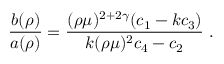
\left. \frac { b ( \rho ) } { a ( \rho ) } = \frac { ( \rho \mu ) ^ { 2 + 2 \gamma } ( c _ { 1 } - k c _ { 3 } ) } { k ( \rho \mu ) ^ { 2 } c _ { 4 } - c _ { 2 } } \right. .